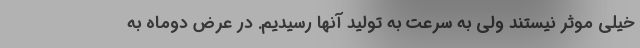
خیلی موثر نیستند ولی به سرعت به تولید آنها رسیدیم. در عرض دوماه به